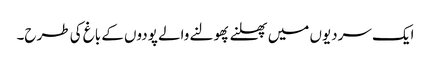
ایک سردیوں میں پھلنے پھولنے والے پودوں کے باغ کی طرح۔